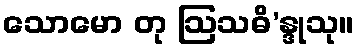
သောမော တု ဩသဓိ’န္ဒုသု။